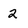
Character: 2